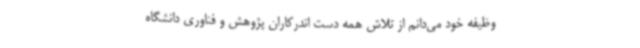
وظیفه خود می‌دانم از تلاش همه دست اندرکاران پژوهش و فناوری دانشگاه